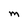
Character: M